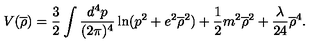
V ( \overline { { \rho } } ) = \frac { 3 } { 2 } \int \frac { d ^ { 4 } p } { ( 2 \pi ) ^ { 4 } } \ln ( p ^ { 2 } + e ^ { 2 } \overline { { \rho } } ^ { 2 } ) + \frac { 1 } { 2 } m ^ { 2 } \overline { { \rho } } ^ { 2 } + \frac { \lambda } { 2 4 } \overline { { \rho } } ^ { 4 } .